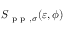
S _ { \mathrm { ~ p ~ p ~ } , \sigma } ( \varepsilon , \phi )